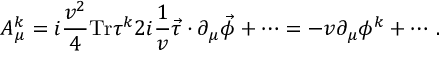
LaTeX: A _ { \mu } ^ { k } = i { \frac { v ^ { 2 } } { 4 } } \mathrm { T r } \tau ^ { k } 2 i { \frac { 1 } { v } } \vec { \tau } \cdot \partial _ { \mu } \vec { \phi } + \cdots = - v \partial _ { \mu } \phi ^ { k } + \cdots \, .